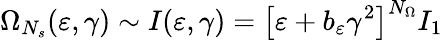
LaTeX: \Omega_{N_{s}}(\varepsilon,\gamma)\sim I(\varepsilon,\gamma)=\big[\varepsilon+b_{\varepsilon}\gamma^{2}\big]^{N_{\Omega}}I_{1}